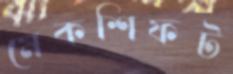
মেকশিফট